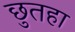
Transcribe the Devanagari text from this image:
छुतहा